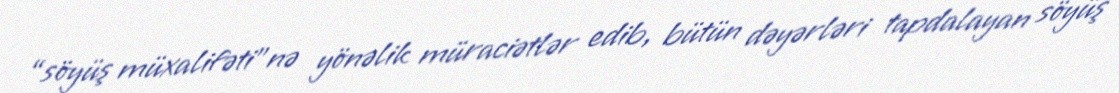
“söyüş müxalifəti”nə yönəlik müraciətlər edib, bütün dəyərləri tapdalayan söyüş